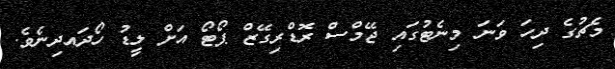
މެޗުގެ ދިހަ ވަނަ މިނެޓުގައި ޖޭމްސް ރޮޑްރިގޭޒް ޕޯޓޯ އަށް ލީޑު ހޯދައދިނެވެ.